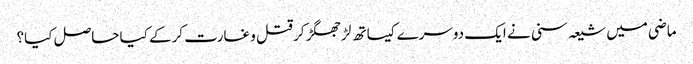
ماضی میں شیعہ سنی نے ایک دوسرے کیساتھ لڑ جھگڑ کر قتل و غارت کرکے کیا حاصل کیا؟